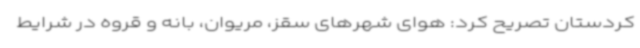
کردستان تصریح کرد: هوای شهرهای سقز، مریوان، بانه و قروه در شرایط